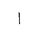
Letter: _alif